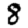
Digit: 8